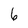
Character: 6